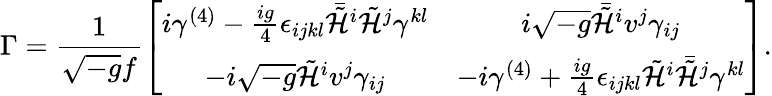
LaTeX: \Gamma=\frac{1}{\sqrt{-g}f}\left[\begin{array}{cc}{{i\gamma^{(4)}-\frac{ig}{4}\epsilon_{ijkl}\bar{\tilde{\cal H}}^{i}\tilde{\cal H}^{j}\gamma^{kl}}}&{{i\sqrt{-g}\bar{\tilde{\cal H}}^{i}v^{j}\gamma_{ij}}}\\ {{-i\sqrt{-g}\tilde{\cal H}^{i}v^{j}\gamma_{ij}}}&{{-i\gamma^{(4)}+\frac{ig}{4}\epsilon_{ijkl}\tilde{\cal H}^{i}\bar{\tilde{\cal H}}^{j}\gamma^{kl}}}\end{array}\right].